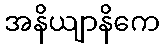
အနိယျာနိကေ